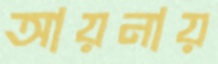
আয়নায়